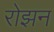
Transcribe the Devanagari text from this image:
रोझन